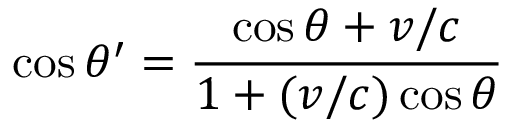
\cos \theta ^ { \prime } = { \frac { \cos \theta + v / c } { 1 + ( v / c ) \cos \theta } }